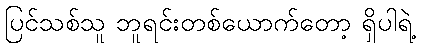
ပြင်သစ်သူ ဘူရင်းတစ်ယောက်တော့ ရှိပါရဲ့